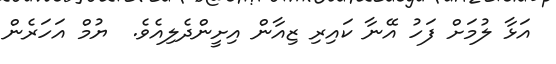
އަޅާ ލުމަށް ފަހު އޭނާ ކައިރި ޒިއާން އިށީންދެލިއެވެ.  ޔުމް އަހަރެން